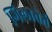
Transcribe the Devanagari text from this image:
गिलाबेर्त